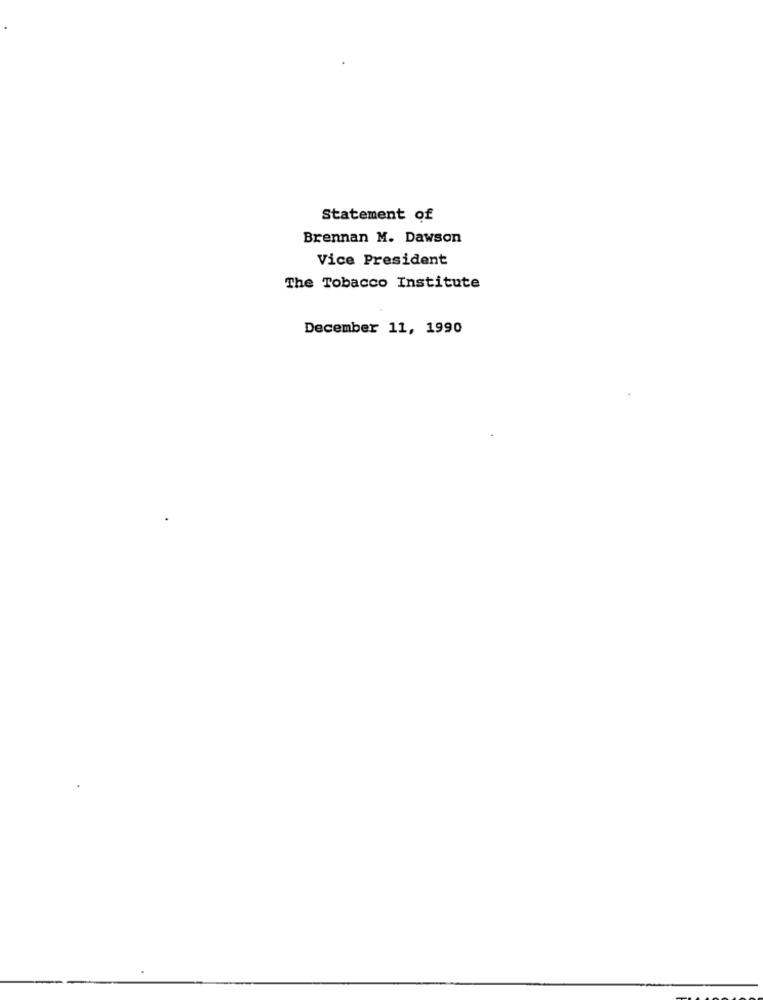
Statement of
Brennan M. Dawson
Vice President
The Tobacco Institute
December 11, 1990